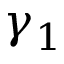
\gamma _ { 1 }